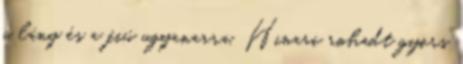
a lány és a fiú ugyanarra. Hinari rohadt gyors